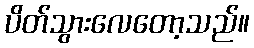
ပိတ်သွားလေတော့သည်။